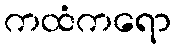
ကထံကရော